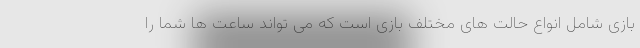
بازی شامل انواع حالت های مختلف بازی است که می تواند ساعت ها شما را